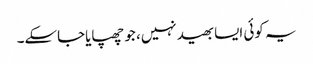
یہ کوئی ایسا بھید نہیں، جو چھپایاجاسکے۔